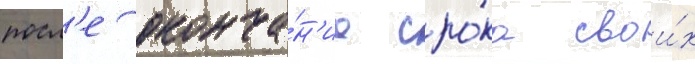
посл'е оконча́н'иа сро́ка свои́х